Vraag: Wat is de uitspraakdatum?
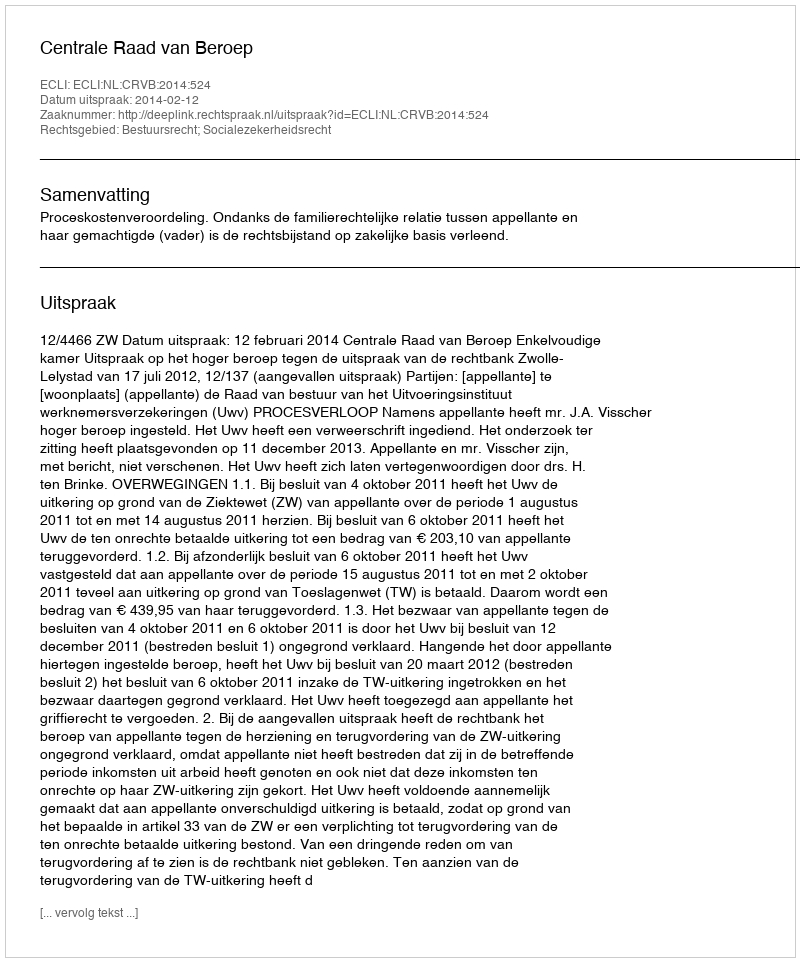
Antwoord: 2014-02-12